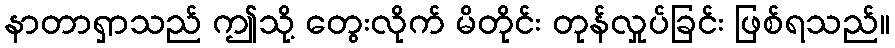
နာတာရှာသည် ဤသို့ တွေးလိုက် မိတိုင်း တုန်လှုပ်ခြင်း ဖြစ်ရသည်။